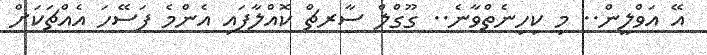
އޭ އަވްލީން.. މި ކިހިނެތްވާނެ.. ގޫގްލް ސާރޗް ކޮއްލާފައި އެންމެ ފަސޭހަ އެއްޗަކަށް